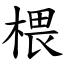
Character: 椳